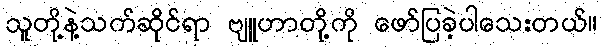
သူတို့နဲ့သက်ဆိုင်ရာ ဗျူဟာတို့ကို ဖော်ပြခဲ့ပါသေးတယ်။